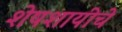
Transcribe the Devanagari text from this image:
शेषशायीचे